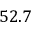
5 2 . 7